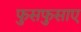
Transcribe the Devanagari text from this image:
फुसफुसाए